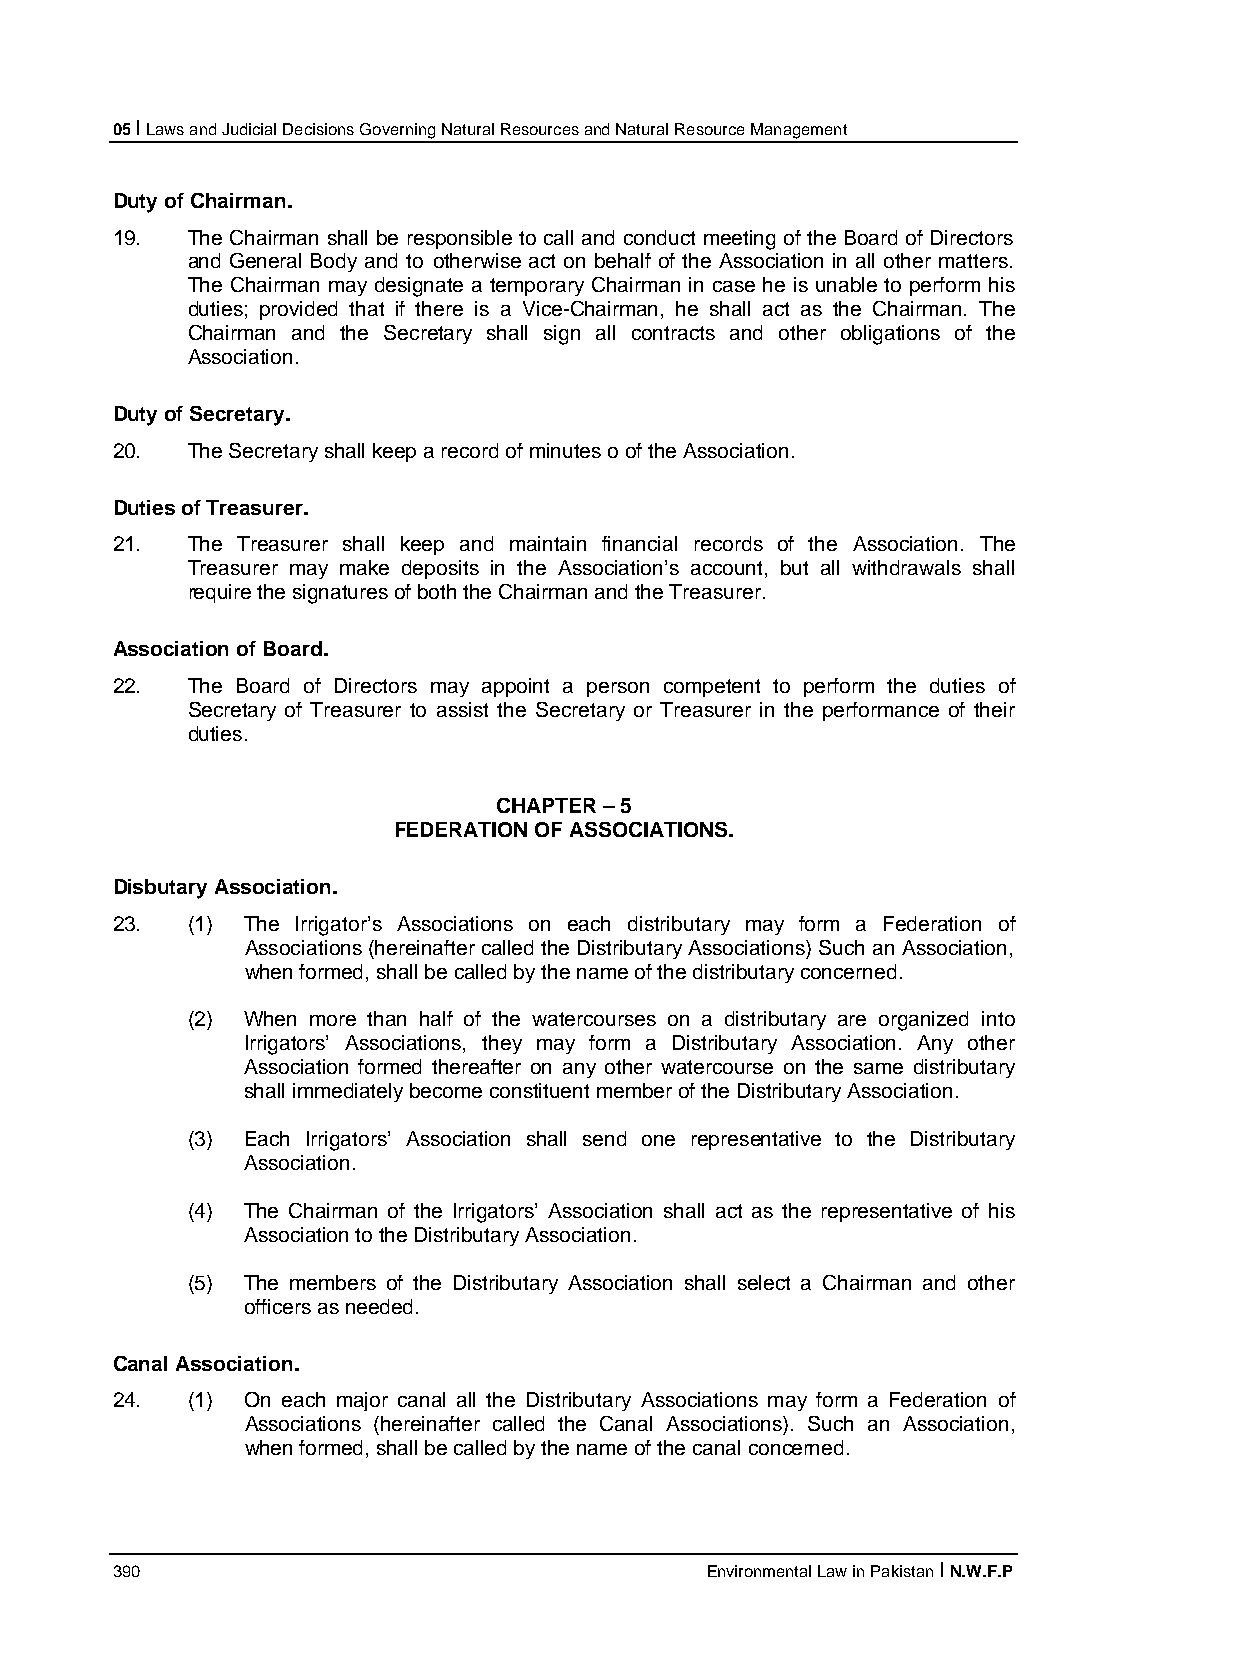
05 I Laws and Judicial Decisions Governing Natural Resources and Natural Resource Management
 Duty of Chairman.
 19.  The Chairman shall be responsible to call and conduct meeting of the Board of Directors
 and General Body and to otherwise act on behalf of the Association in all other matters.
 The Chairman may designate a temporary Chairman in case he is unable to perform his
 duties; provided that if there is a Vice-Chairman, he shall act as the Chairman. The
 Chairman and the Secretary shall sign all contracts and other obligations of the
 Association.
 Duty of Secretary.
 20.  The Secretary shall keep a record of minutes o of the Association.
 Duties of Treasurer.
 21.  The Treasurer shall keep and maintain financial records of the Association. The
 Treasurer may make deposits in the Association’s account, but all withdrawals shall
 require the signatures of both the Chairman and the Treasurer.
 Association of Board.
 22.  The Board of Directors may appoint a person competent to perform the duties of
 Secretary of Treasurer to assist the Secretary or Treasurer in the performance of their
 duties.
 CHAPTER – 5
 FEDERATION OF ASSOCIATIONS.
 Disbutary Association.
 23.  (1) The Irrigator’s Associations on each distributary may form a Federation of
 Associations (hereinafter called the Distributary Associations) Such an Association,
 when formed, shall be called by the name of the distributary concerned.
 (2) When more than half of the watercourses on a distributary are organized into
 Irrigators’ Associations, they may form a Distributary Association. Any other
 Association formed thereafter on any other watercourse on the same distributary
 shall immediately become constituent member of the Distributary Association.
 (3) Each Irrigators’ Association shall send one representative to the Distributary
 Association.
 (4) The Chairman of the Irrigators’ Association shall act as the representative of his
 Association to the Distributary Association.
 (5) The members of the Distributary Association shall select a Chairman and other
 officers as needed.
 Canal Association.
 24.  (1) On each major canal all the Distributary Associations may form a Federation of
 Associations (hereinafter called the Canal Associations). Such an Association,
 when formed, shall be called by the name of the canal concerned.
 390                                     Environmental Law in Pakistan I N.W.F.P